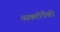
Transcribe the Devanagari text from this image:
व्यक्तीपैकी